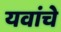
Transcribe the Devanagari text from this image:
यवांचे